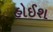
હોઈશ